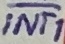
Text: INT1